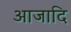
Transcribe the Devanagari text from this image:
आजादि